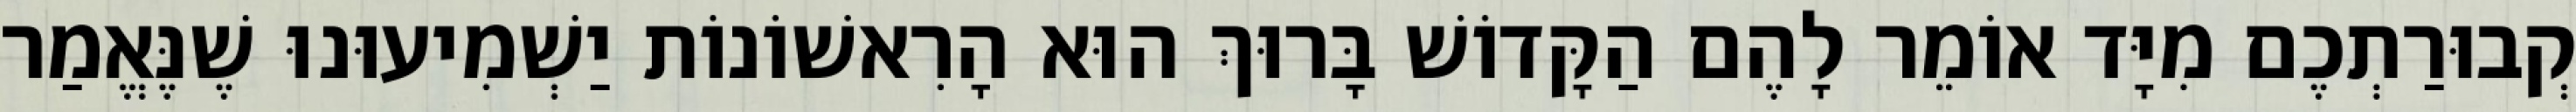
קְבוּרַתְכֶם מִיָּד אוֹמֵר לָהֶם הַקָּדוֹשׁ בָּרוּךְ הוּא הָרִאשׁוֹנוֹת יַשְׁמִיעוּנוּ שֶׁנֶּאֱמַר